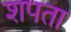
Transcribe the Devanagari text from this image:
शपता